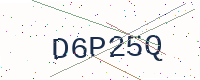
Text: D6P25Q